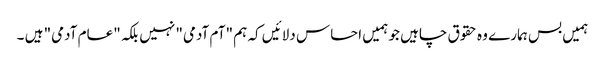
ہمیں بس ہمارے وہ حقوق چاہیں جو ہمیں احساس دلائیں کہ ہم "آم آدمی" نہیں بلکہ "عام آدمی" ہیں ۔